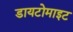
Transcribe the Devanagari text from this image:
डायटोमाइट